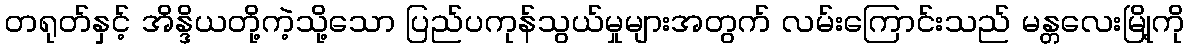
တရုတ်နှင့် အိန္ဒိယတို့ကဲ့သို့သော ပြည်ပကုန်သွယ်မှုများအတွက် လမ်းကြောင်းသည် မန္တလေးမြို့ကို